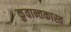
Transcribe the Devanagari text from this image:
कुवान्तकास्त